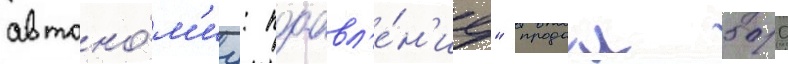
автоно́м'иу: поавл'е́н'ие" продал 500